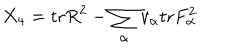
X _ { 4 } = \mathrm { t r } R ^ { 2 } - \sum _ { \alpha } v _ { \alpha } \mathrm { t r } F _ { \alpha } ^ { 2 }